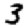
Digit: 3